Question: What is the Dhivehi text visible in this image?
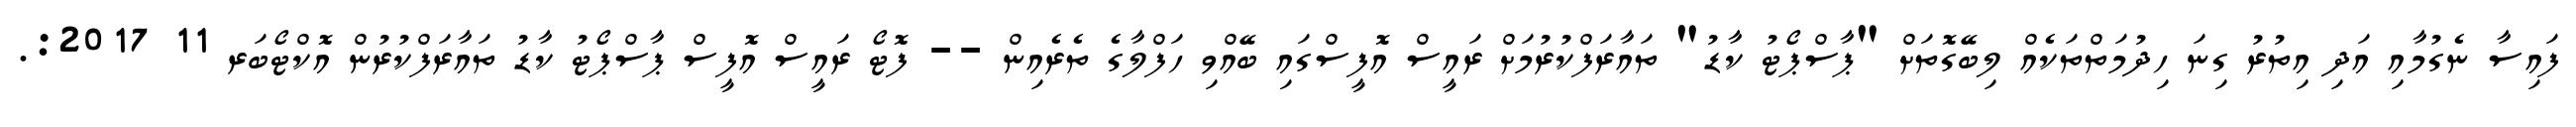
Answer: ފައިސާ ނެގުމާއި އަދި އިތުރު ގިނަ ހިދުމަތްތަކެއް ލިބޭގޮތަށް "ޕާސްޕޯޓު ކާޑު" ތައާރަފްކުރުމަށް ރައީސް އޮފީސްގައި ބޭއްވި ހަފްލާގެ ތެރެއިން -- ފޮޓޯ ރައީސް އޮފީސް ޕާސްޕޯޓު ކާޑު ތައާރަފްކުރުން އޮކްޓޯބަރ 11 2017:.